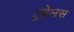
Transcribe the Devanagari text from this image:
ट्रवेलर्स